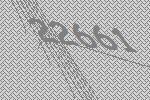
22661